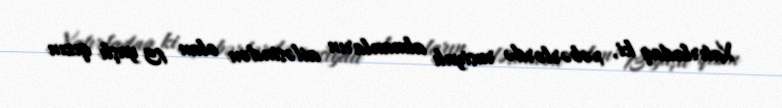
Xatırladaq ki, xəbərlərdə rusiyalı almanların ailəsindən olan 13 yaşlı qızın